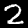
Digit: 2